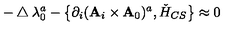
- \bigtriangleup \lambda _ { 0 } ^ { a } - \left\{ \partial _ { i } ( { \bf A } _ { i } \times { \bf A } _ { 0 } ) ^ { a } , \check { H } _ { C S } \right\} \approx 0